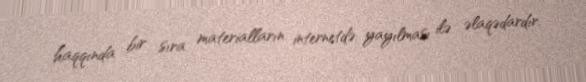
haqqında bir sıra materialların internetdə yayılması ilə əlaqədardır.